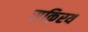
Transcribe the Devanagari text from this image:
सकि्रय